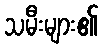
သမီးများ၏